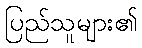
ပြည်သူများ၏